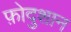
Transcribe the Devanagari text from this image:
फ़ोदुशान